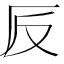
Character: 𠨹